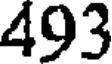
493